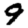
Digit: 9